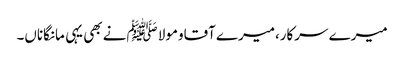
میرے سرکار،میرے آقاومولا ﷺنے بھی یہی مانگاناں۔